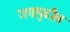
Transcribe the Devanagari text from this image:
जगापुढील